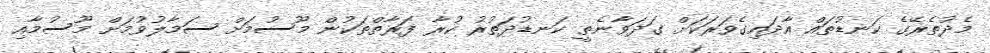
މެދުތެރޭގެ ކަނޑުތައް އާދައިގެވަރަކަށް ގަދަވާނެތީ ކަނޑުދަތުރު ކުރާ ފަރާތްތަކުން މޫސުމަށް ސަމާލުވުމަށް މޫސުމާއި